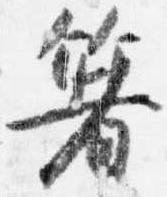
箸